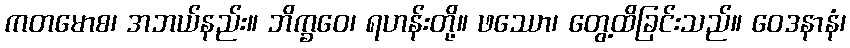
ကတမောစ၊ အဘယ်နည်း။ ဘိက္ခဝေ၊ ရဟန်းတို့။ ဖဿော၊ တွေ့ထိခြင်းသည်။ ဝေဒနာနံ၊